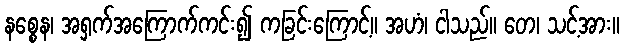
နစ္စေန၊ အရှက်အကြောက်ကင်း၍ ကခြင်းကြောင့်။ အဟံ၊ ငါသည်။ တေ၊ သင့်အား။